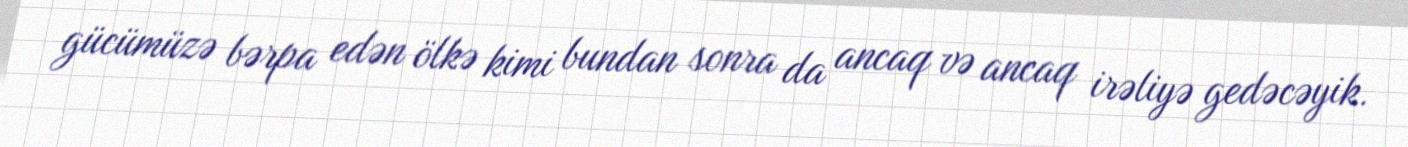
gücümüzə bərpa edən ölkə kimi bundan sonra da ancaq və ancaq irəliyə gedəcəyik.